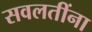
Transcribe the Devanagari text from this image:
सवलतींना